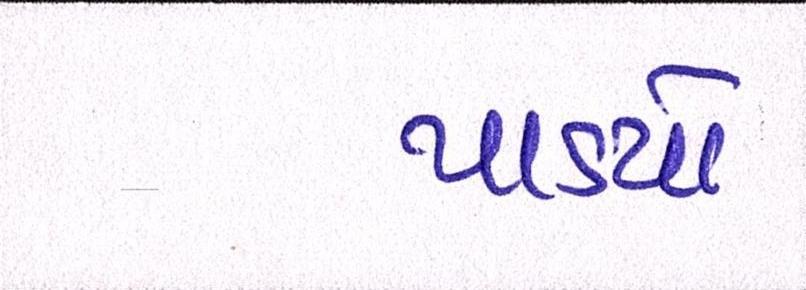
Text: પાડયો